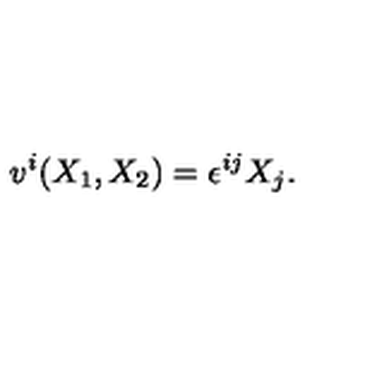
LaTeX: v ^ { i } ( X _ { 1 } , X _ { 2 } ) = \epsilon ^ { i j } X _ { j } .